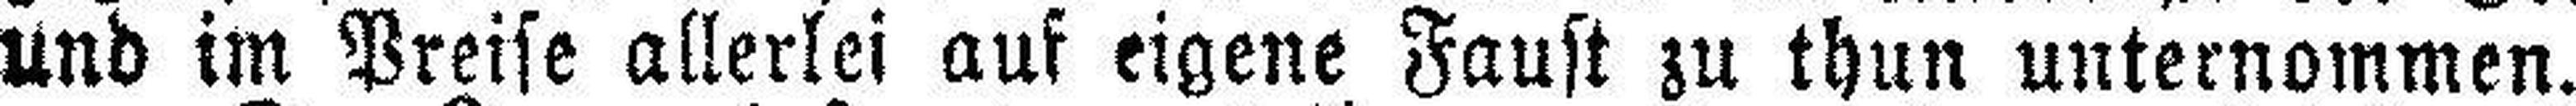
und im Preise allerlei auf eigene Faust zu thun unternommen.